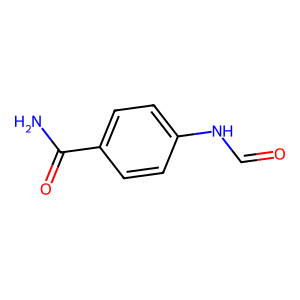
SMILES: NC(=O)c1ccc(NC=O)cc1
Inhibits HIV replication: No